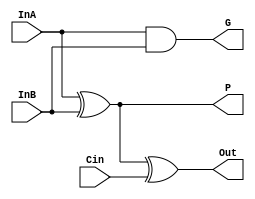
module PFA(InA, InB, Cin, P, G, Out);

input InA, InB, Cin;
output P, G, Out;

wire w1;

assign P = InA ^ InB;
assign G = InA & InB;
assign Out = P ^ Cin; 

endmodule